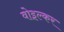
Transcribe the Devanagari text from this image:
वोइल्कर